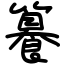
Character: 籑